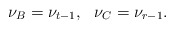
\begin{align*} \nu_B = \nu_{t-1}, \ \ \nu_C = \nu_{r-1}.\end{align*}